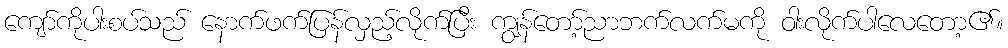
ကျော်ကိုပါးစပ်သည် နောက်ဖက်ပြန်လှည့်လိုက်ပြီး ကျွန်တော့်ညာဘက်လက်မကို ဝါးလိုက်ပါလေတော့၏။